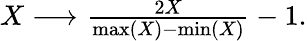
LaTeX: \begin{array}{r}{X\longrightarrow\frac{2X}{\mathrm{max}(X)-\mathrm{min}(X)}-1.}\end{array}